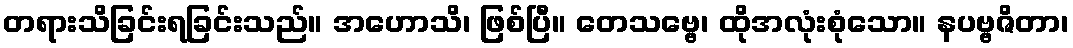
တရားသိခြင်းရခြင်းသည်။ အဟောသိ၊ ဖြစ်ပြီ။ တေသဗ္ဗေ၊ ထိုအလုံးစုံသော။ နပဗ္ဗဇိတာ၊